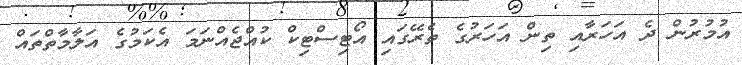
އުމުރުން ދެ އަހަރާއި ތިން އަހަރުގެ ތެރޭގައި އޯޓިސްޓިކް ކުއްޖެއްނަމަ އެކަމުގެ އަލާމާތްތައް